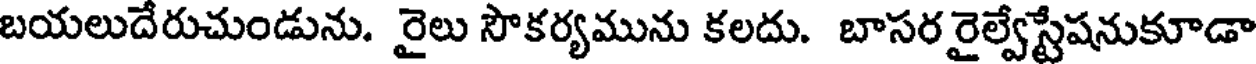
బయలుదేరుచుండును. రైలు సౌకర్యమును కలదు. బాసర రైల్వేస్టేషనుకూడా